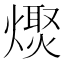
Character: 𤏌